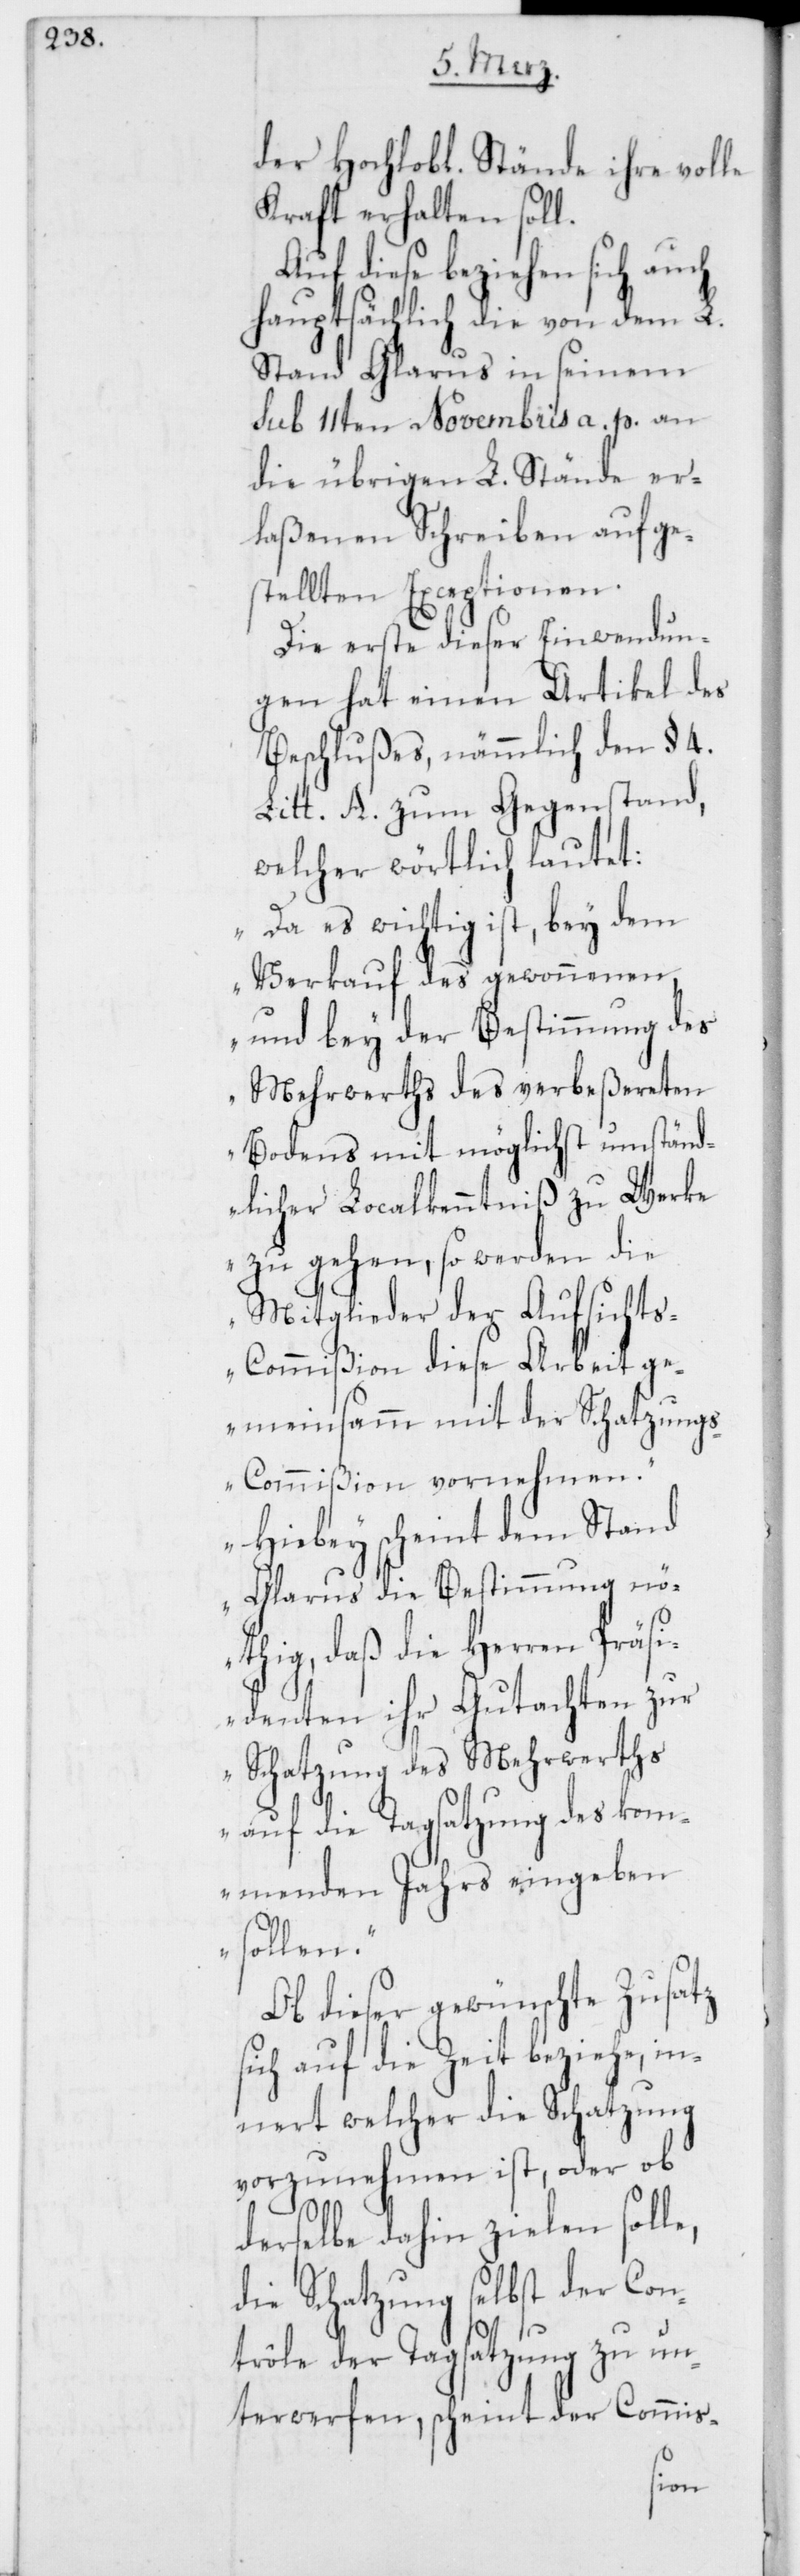
der Hochlobl. Stände ihre volle
Kraft erhalten soll.
Auf diese beziehen sich auch
hauptsächlich die von dem L.
Stand Glarus in seinem
sub 11ten Novembris a.p. an
die übrigen L. Stände er¬
laßenen Schreiben aufge¬
stellten Exceptionen.
Die erste dieser Einwendun¬
gen hat einen Artikel des
Beschlußes, nämmlich den § 4
Litt. A zum Gegenstand,
welcher wörtlich lautet:
„Da es wichtig ist, bey dem
Verkauf des gewonnenen,
und bey der Bestimmung des
Mehrwerts des verbeßereten
Bodens mit möglichst umständ¬
licher LokalKenntniß zu Werke
zu gehen, so werden die
Mitglieder der Aufsichts¬
Commißion diese Arbeit ge¬
meinsam mit der Schatzungs¬
Commißion vornehmen.
Hiebei scheint dem Stand
Glarus die Bestimmung nö¬
thig, daß die Herren Präsi¬
denten ihr Gutachten zur
Schatzung des Mehrwerts
auf die Tagsatzung des kom¬
menden Jahrs eingeben
sollen“.
Ob dieser gewünschte Zusatz
sich auf die Zeit beziehe, in¬
nert welcher die Schatzung
vorzunehmen ist, oder ob
derselbe dahin zielen solle,
die Schatzung selbst der Con¬
trôle der Tagsatzung zu un¬
terwerfen, scheint der Commis-